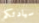
سيادتكم